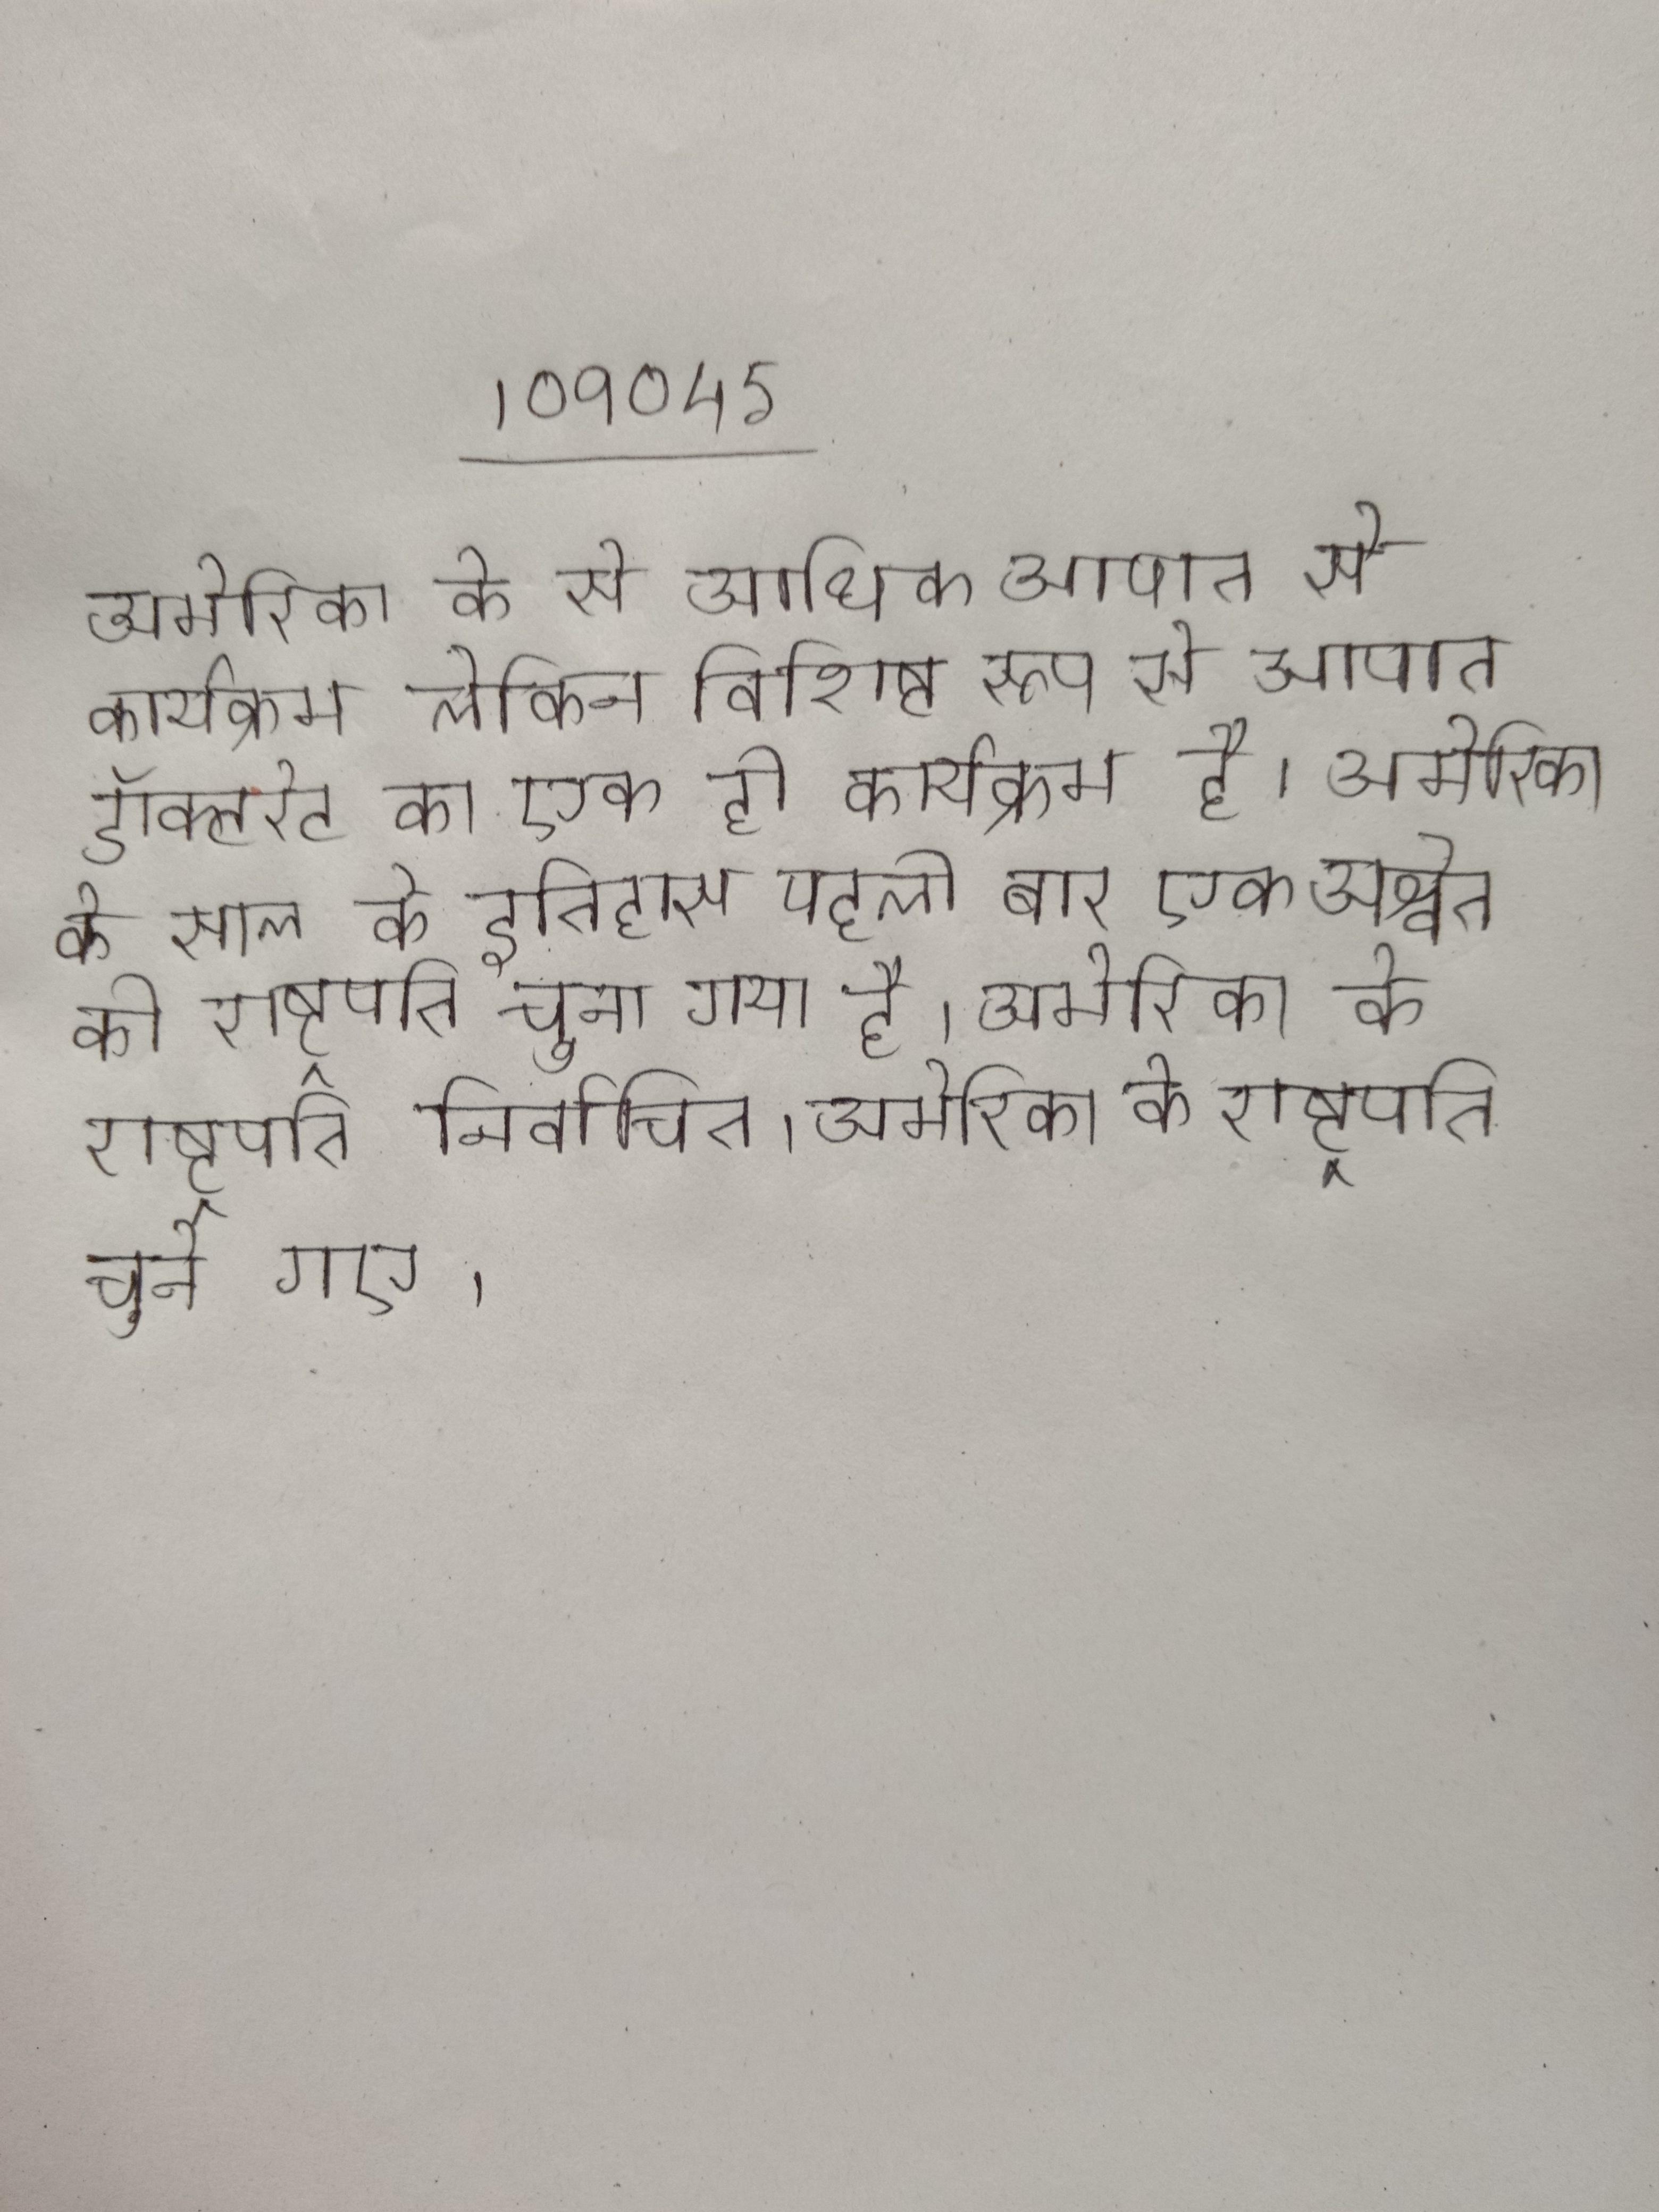
अमेरिका के से अधिक आपात से कार्यक्रम लेकिन विशिष्ट रूप से आपात डॉक्टरेट का एक ही कार्यक्रम है । अमेरिका के साल के इतिहास पहली बार एक अश्वेत को राष्ट्रपति चुना गया है । अमेरिका के राष्ट्रपति निर्वाचित । अमेरिका के राष्ट्रपति चुने गए ।